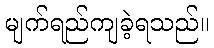
မျက်ရည်ကျခဲ့ရသည်။